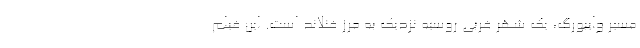
مسیر وایبورگ، یک شهر غربی روسیه نزدیک به مرز فنلاند است. این فیلم